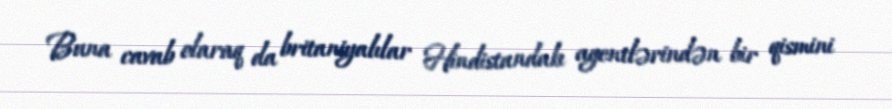
Buna cavab olaraq da britaniyalılar Hindistandakı agentlərindən bir qismini